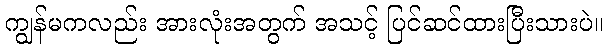
ကျွန်မကလည်း အားလုံးအတွက် အသင့် ပြင်ဆင်ထားပြီးသားပဲ။